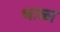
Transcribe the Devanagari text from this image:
थाळा